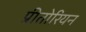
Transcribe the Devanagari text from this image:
प्रीतोरियन